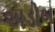
અડોબ